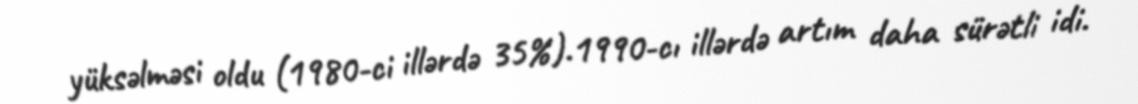
yüksəlməsi oldu (1980-ci illərdə 35%).1990-cı illərdə artım daha sürətli idi.